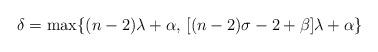
LaTeX: \begin{align*} \delta=\max \{(n-2)\lambda+\alpha, \, [(n-2)\sigma-2+\beta]\lambda+\alpha\} \end{align*}